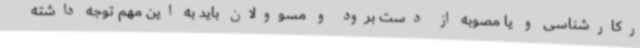
رکارشناسی و یا مصوبه از دست برود و مسوولان باید به این مهم توجه داشته